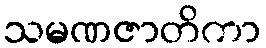
သမဏဇာတိကာ